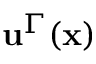
\mathbf { u } ^ { \Gamma } ( \mathbf { x } )